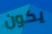
يكون